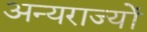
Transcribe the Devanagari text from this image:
अन्यराज्यों